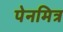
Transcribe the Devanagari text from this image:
पेनमित्र